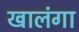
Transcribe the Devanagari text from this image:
खालंगा